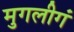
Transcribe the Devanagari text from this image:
मुगलीगं